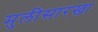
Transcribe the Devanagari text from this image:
मुलीसारखा